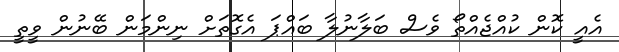
އެއީ ކޮން ކުއްޖެއްތޯ ވެސް ބަލާނުލާ ބައްޕަ އެގޮތަށް ނިންމަން ބޭނުން ވީތީ